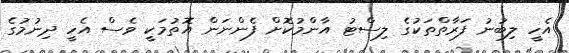
އެހީ ލިބުނު ފަރާތްތަކުގެ ލިސްޓު އާންމުކޮށް ފެންނަން އޮތުމަކީ ވެސް އެހީ ދިނުމުގެ